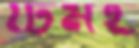
টিমই